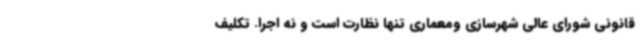
قانونی شورای عالی شهرسازی ومعماری تنها نظارت است و نه اجرا. تکلیف